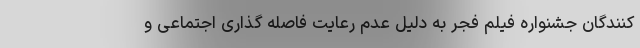
کنندگان جشنواره فیلم فجر به دلیل عدم رعایت فاصله گذاری اجتماعی و